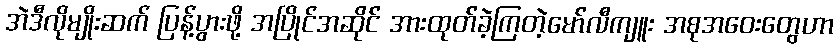
အဲဒီလိုမျိုးဆက် ပြန့်ပွားဖို့ အပြိုင်အဆိုင် အားထုတ်ခဲ့ကြတဲ့မော်လီကျူး အစုအဝေးတွေဟာ